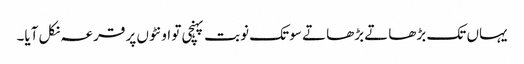
یہاں تک بڑھاتے بڑھاتے سو تک نوبت پہنچی تو اونٹوں پر قرعہ نکل آیا۔